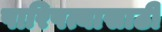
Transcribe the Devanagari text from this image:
पारिपत्यासाठी